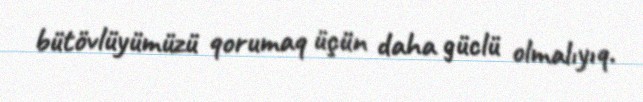
bütövlüyümüzü qorumaq üçün daha güclü olmalıyıq.